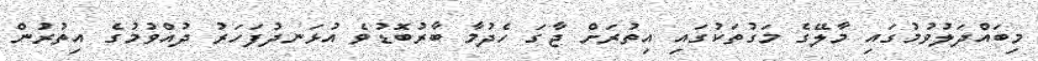
މިބައްދަލުވުމުގައި މާލޭގެ މަގުތަކުގައި އިތުރަށް ޖާގަ ހެދުމާ ބާރުބޮޑުވެ އުޅަނދުފަހަރު ދުއްވުމުގެ އިތުރުން